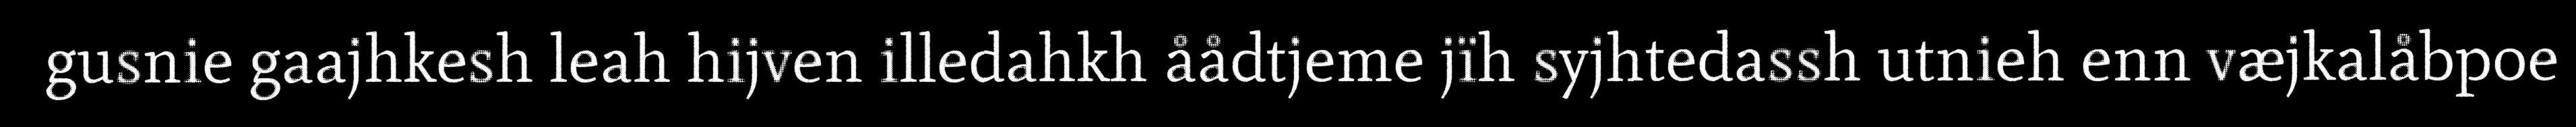
gusnie gaajhkesh leah hijven illedahkh åådtjeme jïh syjhtedassh utnieh enn væjkalåbpoe